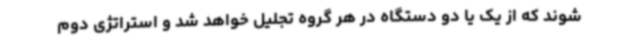
شوند که از یک یا دو دستگاه در هر گروه تجلیل خواهد شد و استراتژی دوم